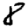
Digit: 8